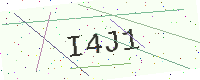
Text: I4J1